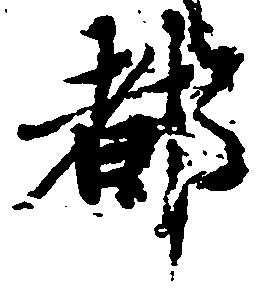
都